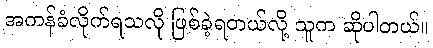
အကန်ခံလိုက်ရသလို ဖြစ်ခဲ့ရတယ်လို့ သူက ဆိုပါတယ်။